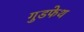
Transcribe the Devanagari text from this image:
गुडफेथ